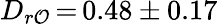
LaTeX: D_{r\mathcal{O}}\, {=}\, 0.48\pm0.17